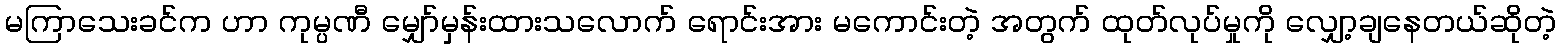
မကြာသေးခင်က ဟာ ကုမ္ပဏီ မျှော်မှန်းထားသလောက် ရောင်းအား မကောင်းတဲ့ အတွက် ထုတ်လုပ်မှုကို လျှော့ချနေတယ်ဆိုတဲ့